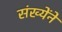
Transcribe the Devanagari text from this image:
संख्येंने